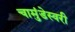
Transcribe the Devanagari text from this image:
चामुंडेस्वरी